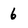
Character: 6